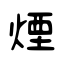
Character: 煙